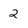
Character: 2